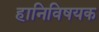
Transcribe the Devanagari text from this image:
हानिविषयक